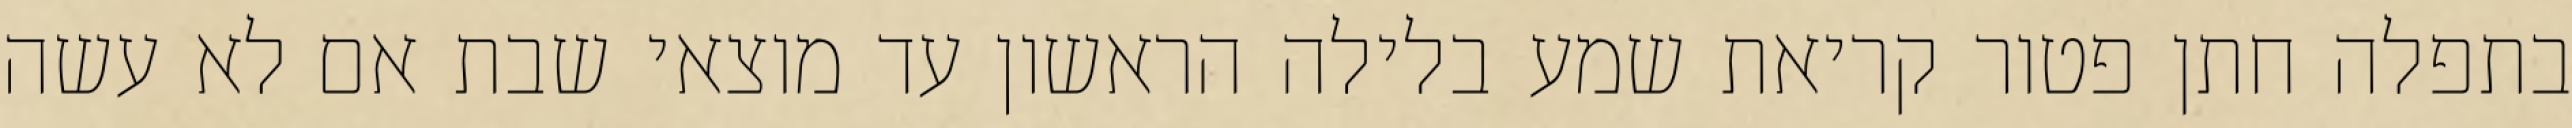
בתפלה חתן פטור קריאת שמע בלילה הראשון עד מוצאי שבת אם לא עשה